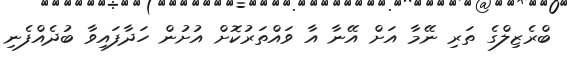
ބްރެޒިލްގެ ތަރި ނޭމާ އަށް އޭނާ އާ ވައްތަރުކޮށް އުށުން ހަދާފައިވާ ބުދެއްފެނި